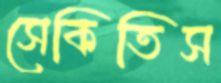
সেকিতিস